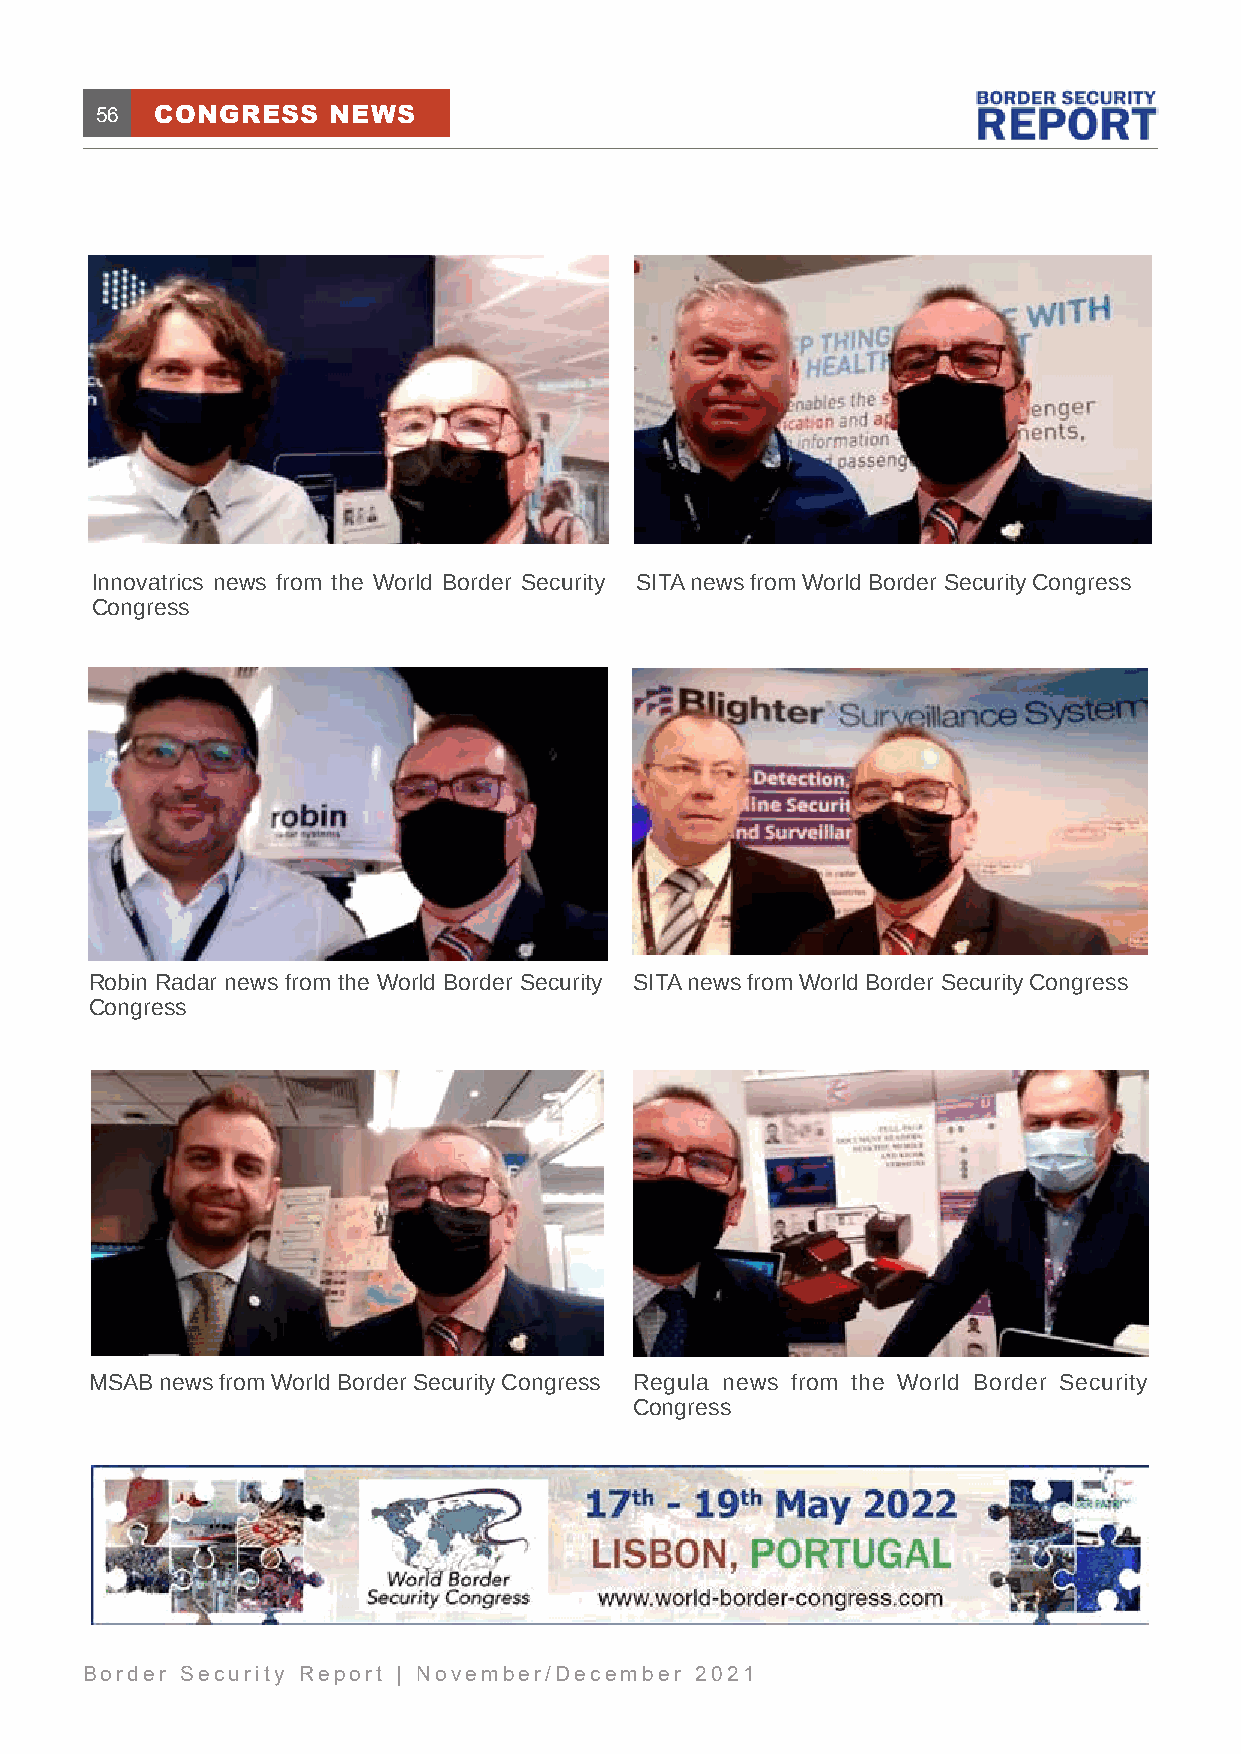
56  CONGRESS    NEWS
 Innovatrics news from the World Border Security SITA news from World Border Security Congress
 Congress
 Robin Radar news from the World Border Security SITA news from World Border Security Congress
 Congress
 MSAB news from World Border Security Congress Regula news from the World Border Security
 Congress
 Border Security Report | November/December 2021